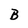
Character: B